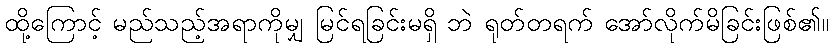
ထို့ကြောင့် မည်သည့်အရာကိုမျှ မြင်ရခြင်းမရှိ ဘဲ ရုတ်တရက် အော်လိုက်မိခြင်းဖြစ်၏။